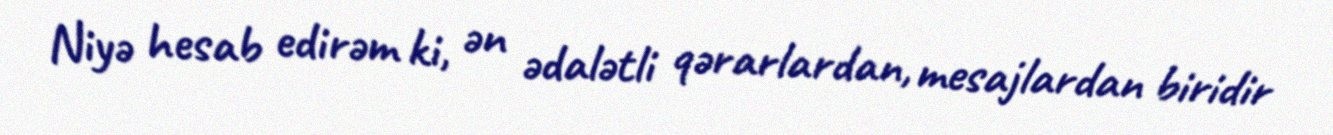
Niyə hesab edirəm ki, ən ədalətli qərarlardan, mesajlardan biridir